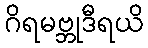
ဂိရမဗ္ဘုဒီရယိ